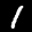
Label: 1